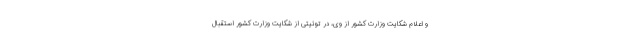
و اعلام شکایت وزارت کشور از وی، در توئیتی از شکایت وزارت کشور استقبال